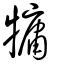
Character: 𤛑